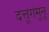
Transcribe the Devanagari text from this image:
दत्तूगमुनू